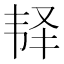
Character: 𩏽